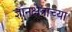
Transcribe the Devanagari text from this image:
ज्ञानक्षेत्राच्या